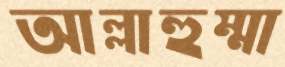
আল্লাহুম্মা